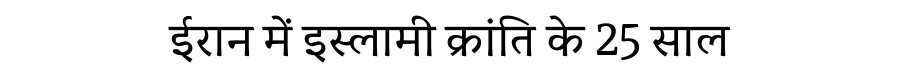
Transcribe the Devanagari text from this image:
ईरान में इस्लामी क्रांति के 25 साल